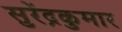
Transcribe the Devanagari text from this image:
सुरेंद्रकुमार